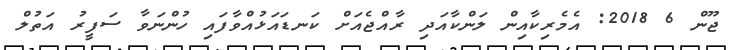
ޖޫން 6 2018: އެމެރިކާއިން ލަންކާއަދި ރާއްޖެއަށް ކަނޑައަޅުއްވާފައި ހުންނަވާ ސަފީރު އަތުލް